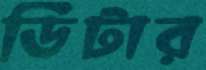
ডিটার